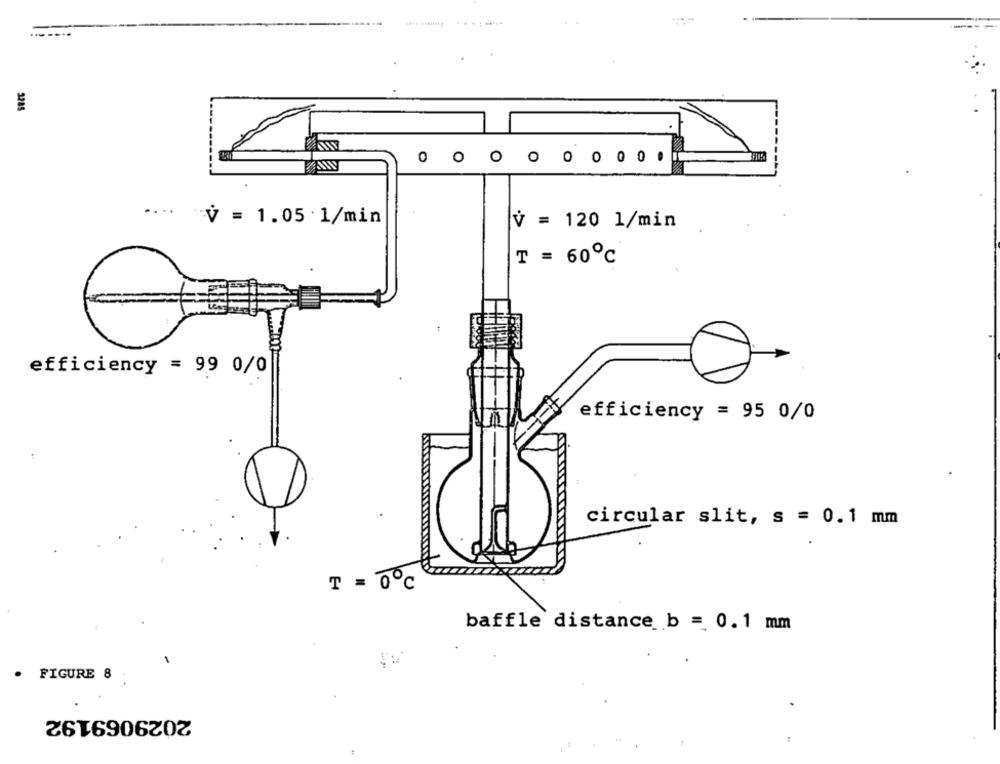
3285
V = 1.05 . 1/min
V = 120 1/min
T = 60℃
efficiency = 99 0/0
efficiency = 95 0/0
circular slit, s = 0.1 mm
T = 0℃
baffle distance b = 0.1 mm
FIGURE 8
2029069192